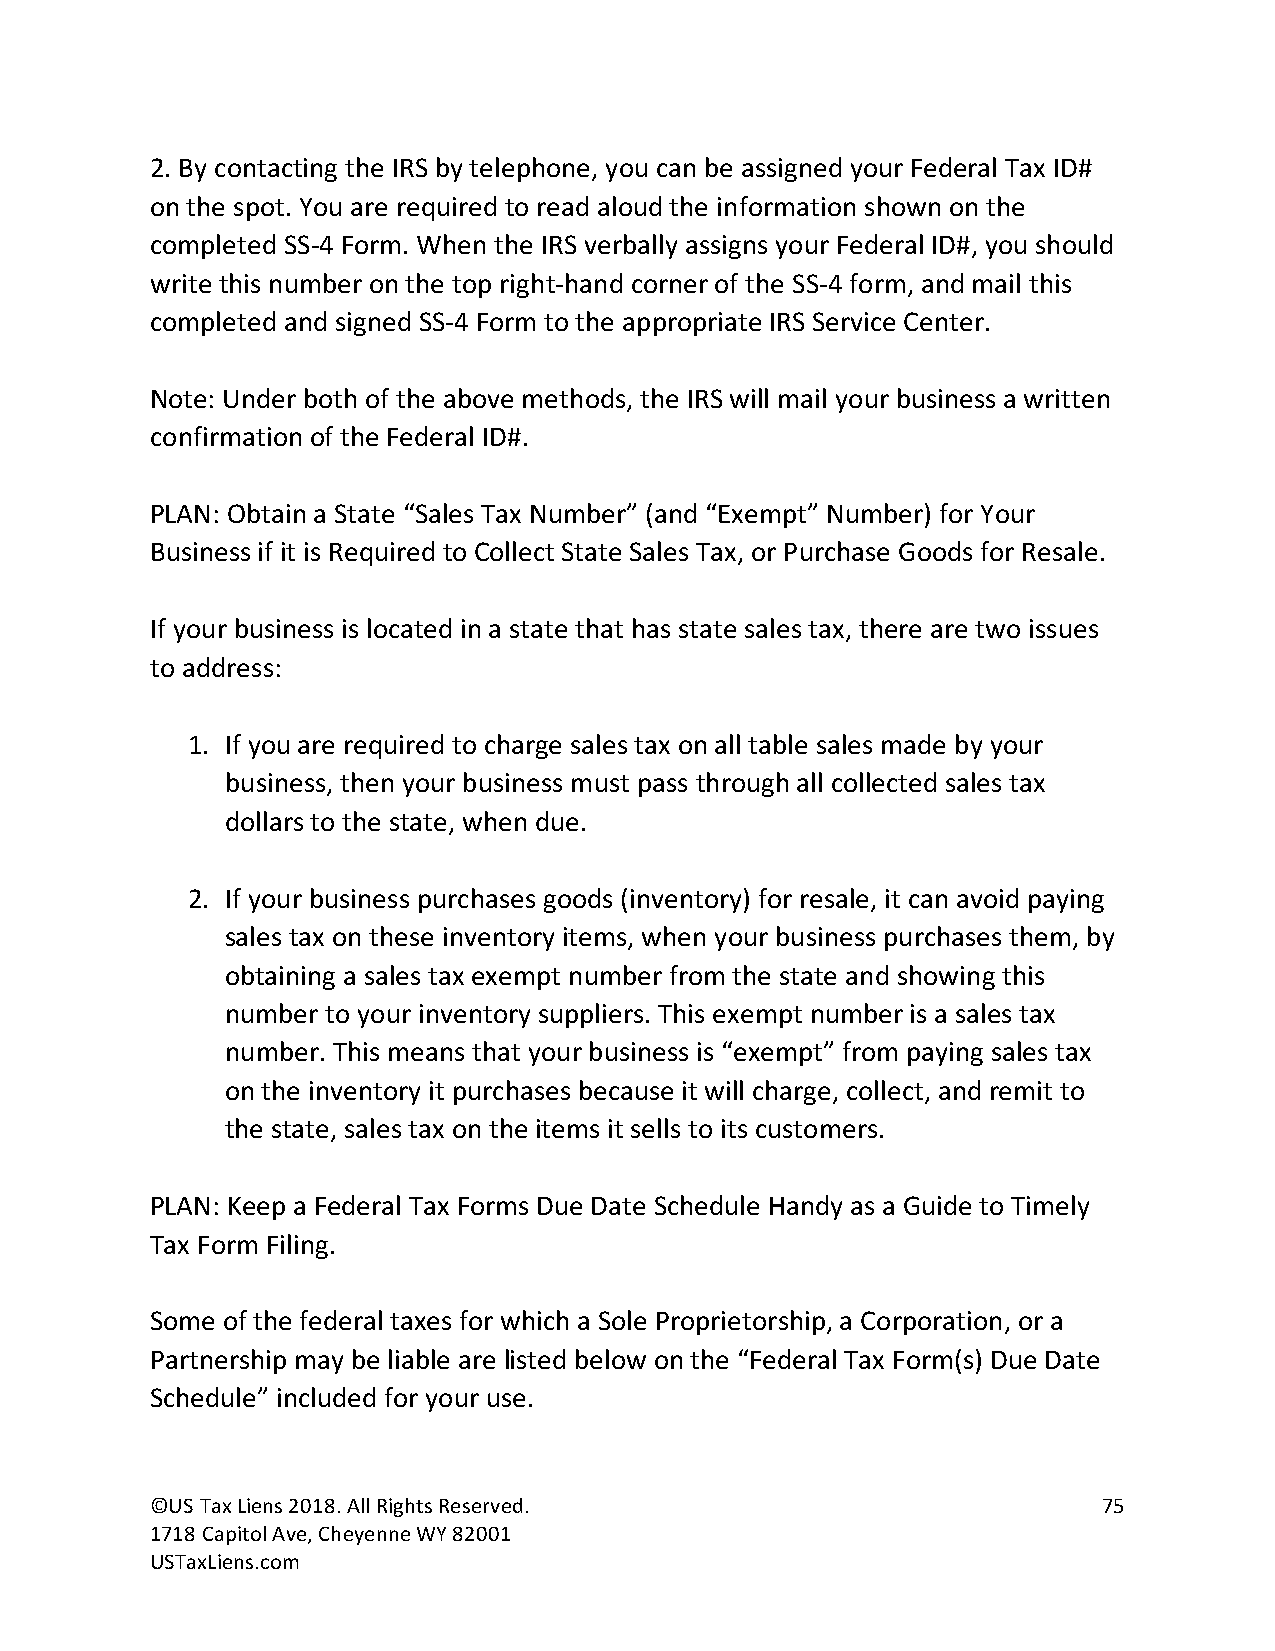
2. By contacting the IRS by telephone, you can be assigned your Federal Tax ID#
 on the spot. You are required to read aloud the information shown on the
 completed SS-4 Form. When the IRS verbally assigns your Federal ID#, you should
 write this number on the top right-hand corner of the SS-4 form, and mail this
 completed and signed SS-4 Form to the appropriate IRS Service Center.
 Note: Under both of the above methods, the IRS will mail your business a written
 confirmation of the Federal ID#.
 PLAN: Obtain a State “Sales Tax Number” (and “Exempt” Number) for Your
 Business if it is Required to Collect State Sales Tax, or Purchase Goods for Resale.
 If your business is located in a state that has state sales tax, there are two issues
 to address:
 1. If you are required to charge sales tax on all table sales made by your
 business, then your business must pass through all collected sales tax
 dollars to the state, when due.
 2. If your business purchases goods (inventory) for resale, it can avoid paying
 sales tax on these inventory items, when your business purchases them, by
 obtaining a sales tax exempt number from the state and showing this
 number to your inventory suppliers. This exempt number is a sales tax
 number. This means that your business is “exempt” from paying sales tax
 on the inventory it purchases because it will charge, collect, and remit to
 the state, sales tax on the items it sells to its customers.
 PLAN: Keep a Federal Tax Forms Due Date Schedule Handy as a Guide to Timely
 Tax Form Filing.
 Some of the federal taxes for which a Sole Proprietorship, a Corporation, or a
 Partnership may be liable are listed below on the “Federal Tax Form(s) Due Date
 Schedule” included for your use.
 ©US Tax Liens 2018. All Rights Reserved.                       75
 1718 Capitol Ave, Cheyenne WY 82001
 USTaxLiens.com